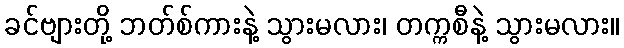
ခင်ဗျားတို့ ဘတ်စ်ကားနဲ့ သွားမလား၊ တက္ကစီနဲ့ သွားမလား။